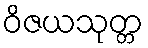
ဝိဇယသုတ္တ